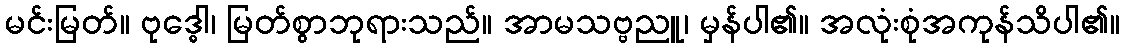
မင်းမြတ်။ ဗုဒ္ဓေါ၊ မြတ်စွာဘုရားသည်။ အာမသဗ္ဗညူ၊ မှန်ပါ၏။ အလုံးစုံအကုန်သိပါ၏။